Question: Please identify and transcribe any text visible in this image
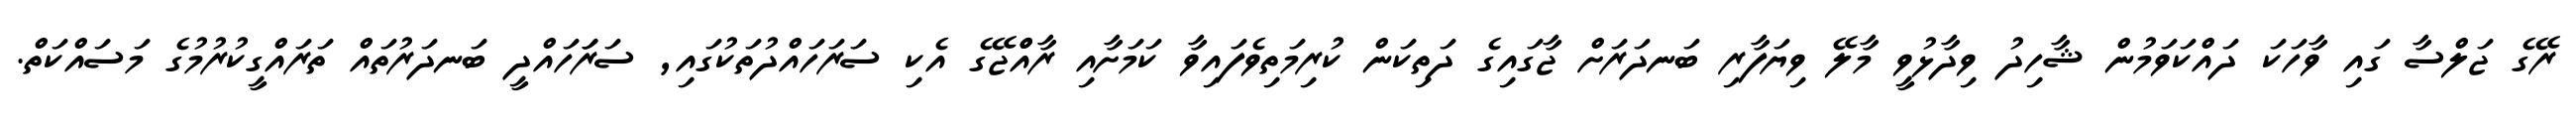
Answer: ރޭގެ ޖަލްސާ ގައި ވާހަކަ ދައްކަވަމުން ޝާހިދު ވިދާޅުވީ މާލޭ ވިޔަފާރި ބަނދަރަށް ޖާގައިގެ ދަތިކަން ކުރިމަތިވެފައިވާ ކަމަށާއި ރާއްްޖޭގެ އެކި ސަރަހައްދުތަކުގައި, ސަރަަހައްދީ ބަނދަރުތައް ތަރައްގީކުރުމުގެ މަސައްކަތް.